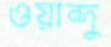
ওয়ান্দু